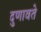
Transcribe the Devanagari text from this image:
दुणावते